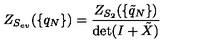
Z _ { S _ { e v } } ( \{ q _ { N } \} ) = \frac { Z _ { S _ { 2 } } ( \{ \tilde { q } _ { N } \} ) } { \det ( I + \tilde { X } ) }